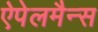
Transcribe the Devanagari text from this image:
ऐपेलमैन्स